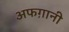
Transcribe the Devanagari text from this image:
अफग़ानी